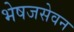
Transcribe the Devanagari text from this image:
भेषजसेवन